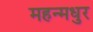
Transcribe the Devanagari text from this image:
महन्मधुर